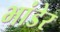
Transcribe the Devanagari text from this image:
भांडेर